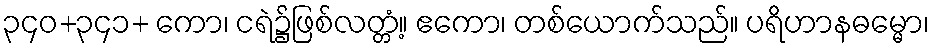
၃၄၀+၃၄၁+ ကော၊ ငရဲ၌ဖြစ်လတ္တံ့။ ဧကော၊ တစ်ယောက်သည်။ ပရိဟာနဓမ္မော၊